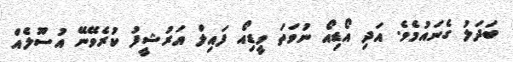
ބަދަލު ގެނައުމެވެ. އަދި އޯޑިއޯ ނުވަތަ ވީޑިއޯ ފައިލް އަރުޝީފު ކުރެވޭނޭ އުސޫލެއް